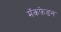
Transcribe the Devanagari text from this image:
मॅकफ़ेडन